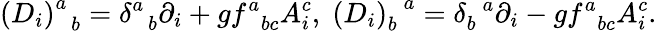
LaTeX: \left(D_{i}\right)_{\; \; b}^{a}=\delta_{\; \; b}^{a}\partial_{i}+gf_{\; \; bc}^{a}A_{i}^{c},\; \left(D_{i}\right)_{b}^{\; \; a}=\delta_{b}^{\; \; a}\partial_{i}-gf_{\; \; bc}^{a}A_{i}^{c}.